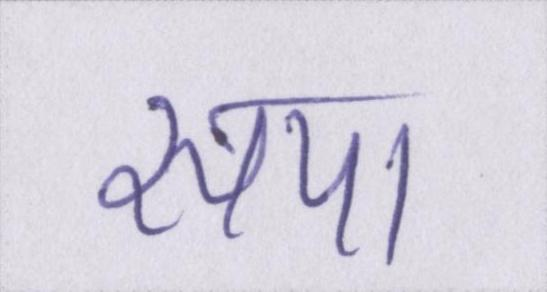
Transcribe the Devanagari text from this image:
सपा